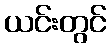
ယင်းတွင်